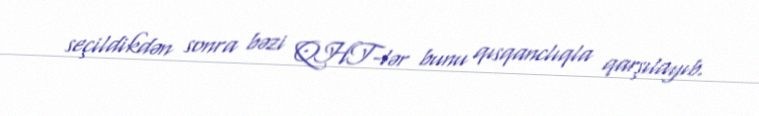
seçildikdən sonra bəzi QHT-lər bunu qısqanclıqla qarşılayıb.